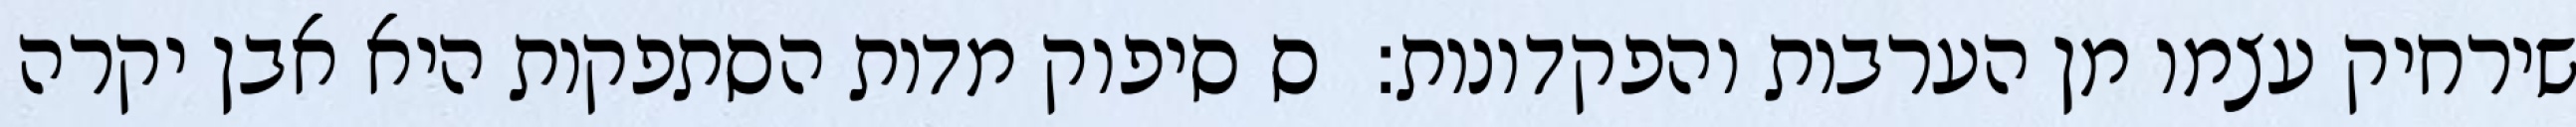
שירחיק עצמו מן הערבות והפקדונות:  ס סיפוק מדות הסתפקות היא אבן יקרה